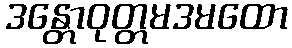
ဒန္တောဝုတ္တမဒမထော